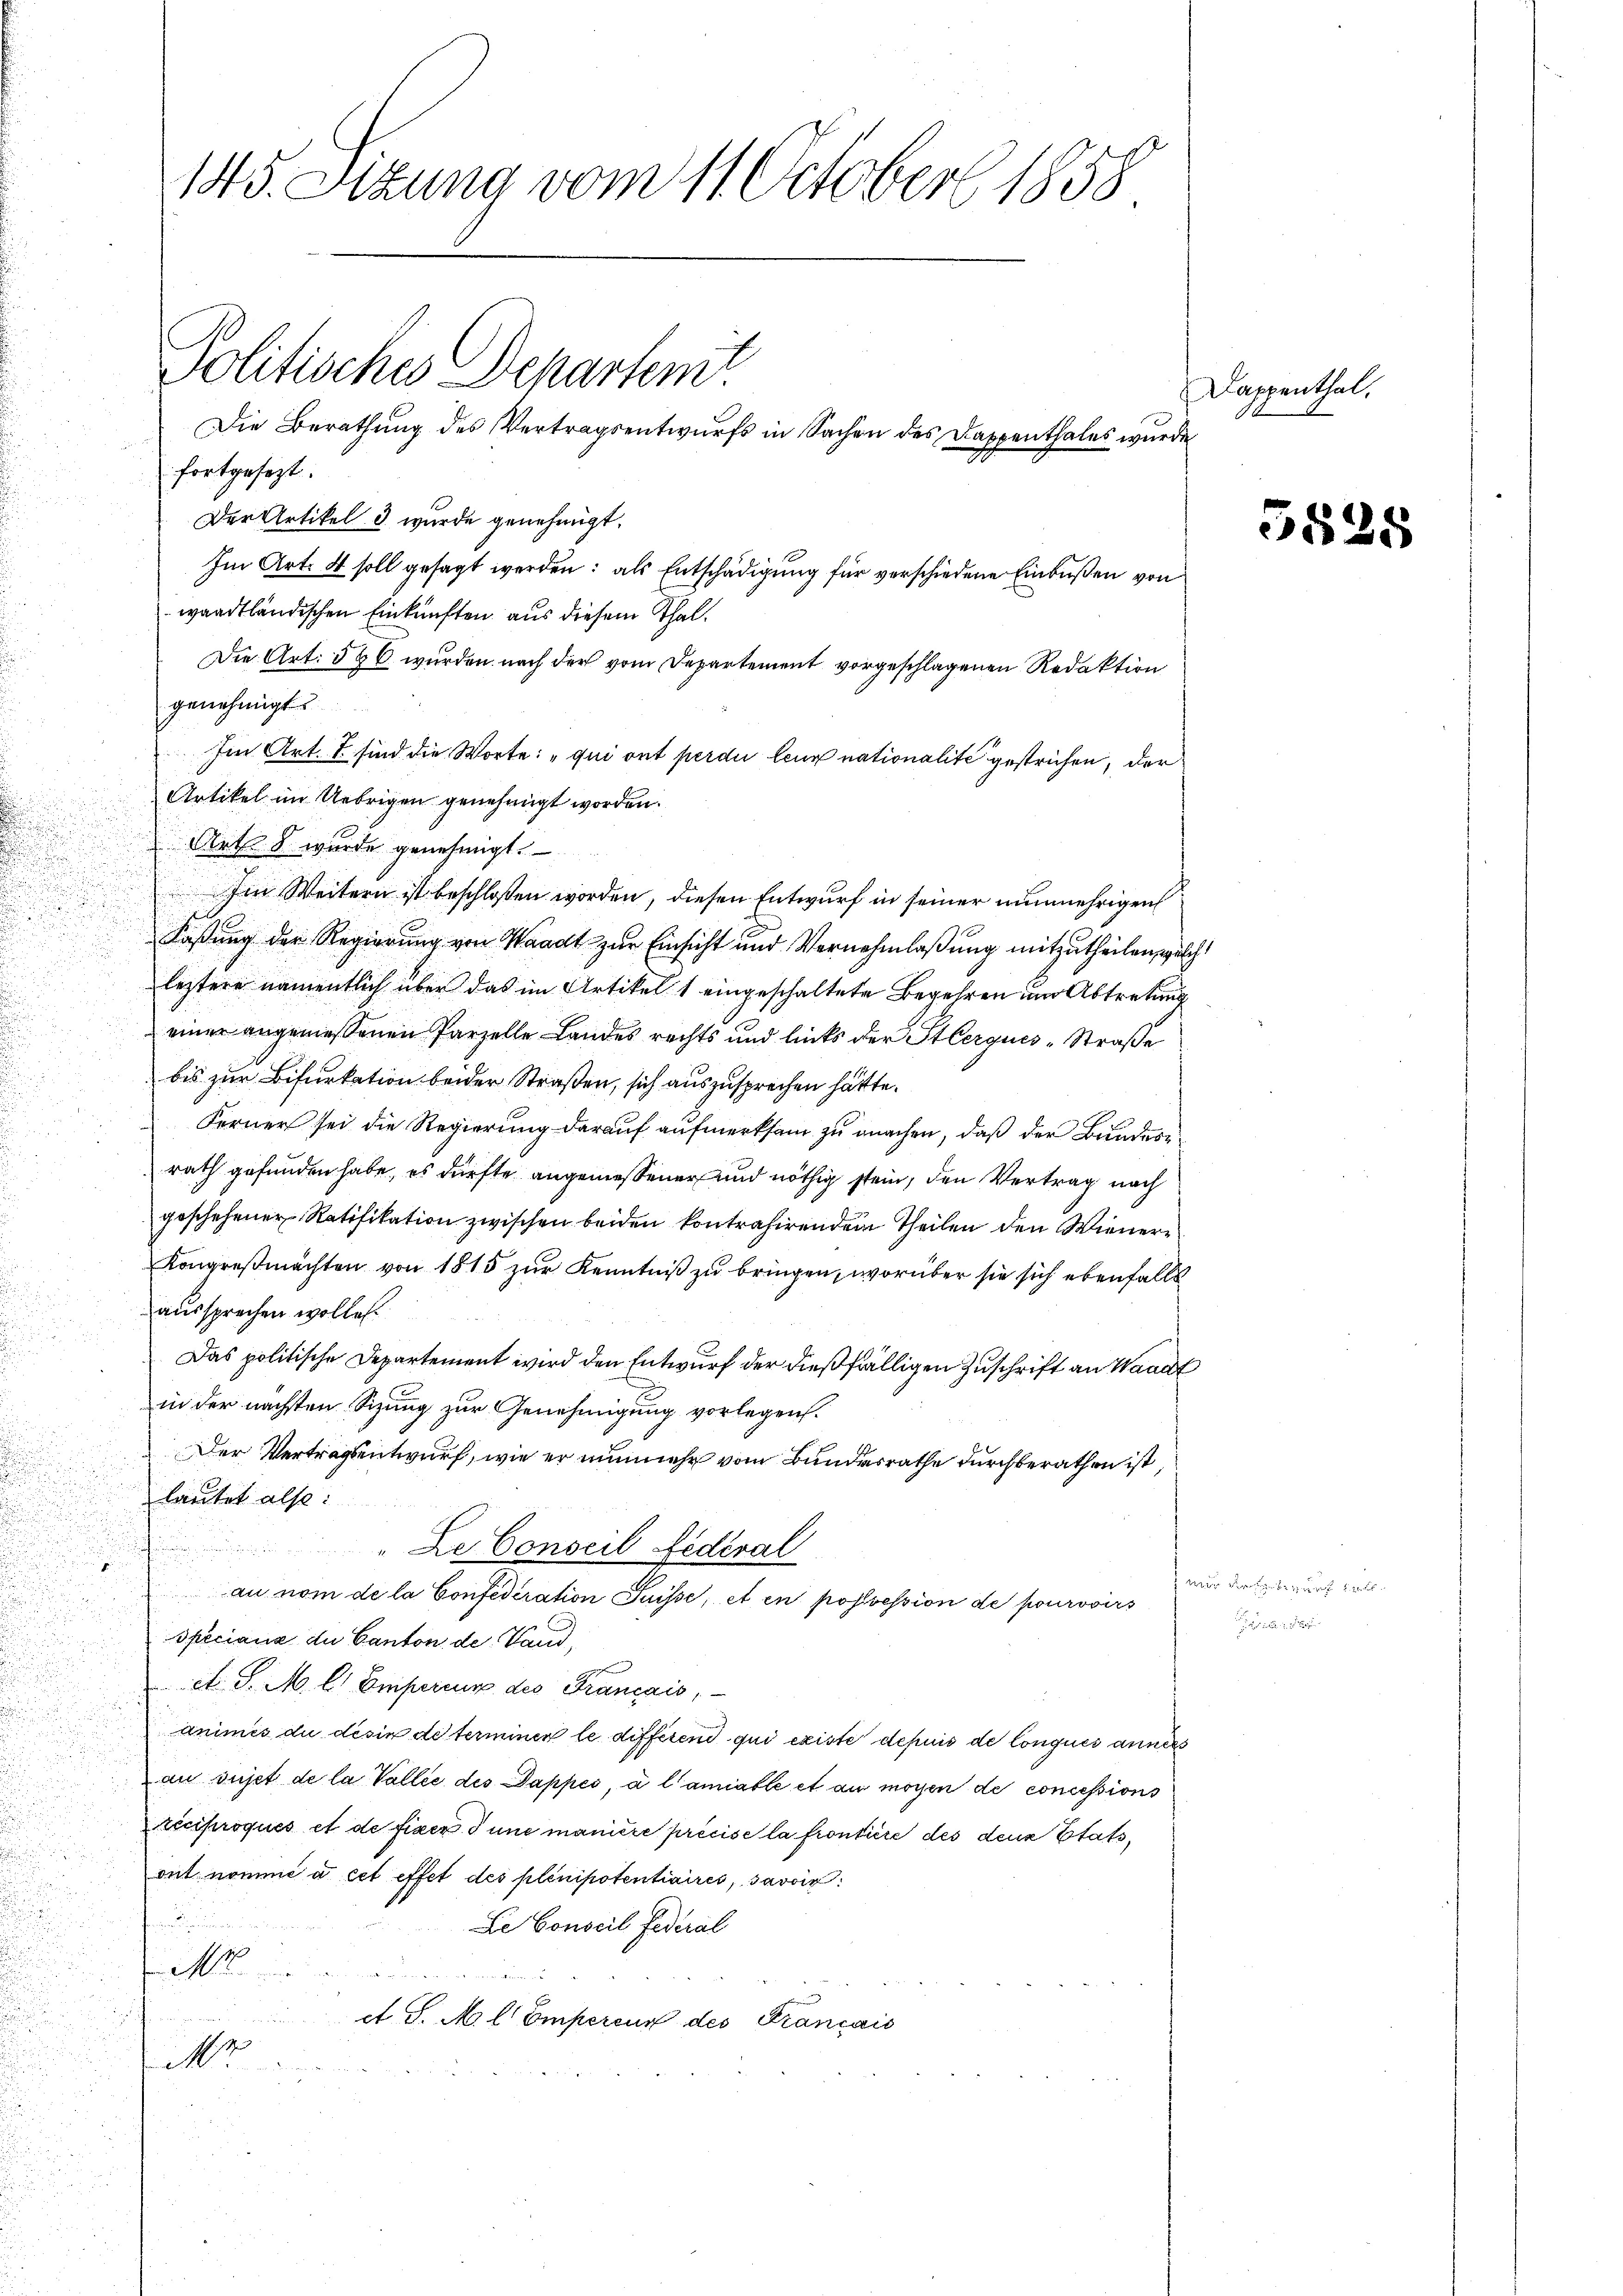
fortgesezt.
Der Artikel d wurde genehmigt.
Im Art. 4 soll gesagt werden: als Entschädigung für verschiedene Einbußen von
waadtländischen Einkünften aus diesem Thal¬
Die Art. 596 wurden nach der vom Departement vorgeschlagenen Redaktion
genehmigt.
Im Art. 7 sind die Worte: „qui ont perdu leur nationalite gestrichen, der
Artikel im Uebrigen genehmigt worden.
Art. 8 wurde genehmigt.
Im Weitern ist beschloßen worden, diesen Entwurf in seiner nunmehrigen
Faßung der Regierung von Waadt zur Einsicht und Vernehmlaßung mitzutheilen, welche
leztere namentlich über das im Artikel 1 eingeschaltete Begehren und Abtretung
einer angemessenen Parzelle Landes rechts und links der Sterques-Straße
bis zur Bifurkation beider Straßen, sich auszusprechen hätte.
Ferner sei die Regierung darauf aufmerksam zu machen, daß der Bundesrath gefunden habe, es dürfte angemessener und nöthig stein, den Vertrag nach
geschehener Ratifikation zwischen beiden kontrahirenden Theilen den Wiener
Kongreßmachten von 1815 zur Kenntniß zu bringen, worüber sie sich ebenfalls
aussprechen wollen.
s
Das politische Departement wird den Entwurf der dießfälligen Zuschrift an Waadt
in der nächsten Sizung zur Genehmigung vorlegen.
Der Vertragsentwurf, wie er nunmehr vom Bundesrathe durchberathen ist,
lautet also:
.
De Conseil Federal
d
au nom de la Confederation Suisse, et en possession de pourvoirs
.
Speciana du Canton de Vaud,

et. S. M. l. Empercus des Francais,
animes die desin de terminen le differend qui existe depuis de Conques anness
au sujet de la Vallee des Pappes, à lamiable et an mögen de concessions
reciproqués et de fixer d une manière précise la frontiere des denn Stats,
ont nomme a cet effet des plenipotentiaires, savoir
Le Conseil Federal

d in den er den se
.

et J. M. l. Empercur des Français
u
M

d

145. Sizung vom 11. October 1858

Politisches Schartem

Die Berathung des Vertragsentwurfs in Sachen des Dappenthales wurde

Dappenthal.

heben derseite

35.

8